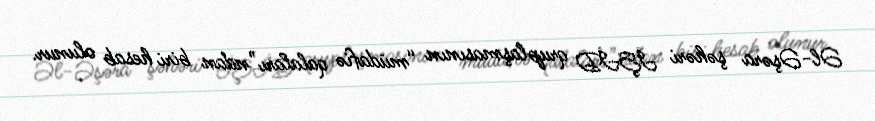
Əl-Əşəra şəhəri İŞİD qruplaşmasının “müdafiə qalaları”ndan biri hesab olunur.